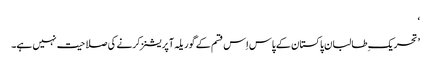
‘
’تحریک ِطالبان پاکستان کے پاس اِس قسم کے گوریلہ آپریشنز کرنے کی صلاحیت نہیں ہے۔